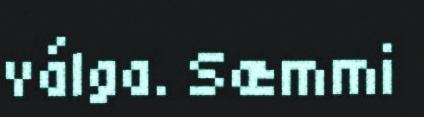
válga. Sæmmi